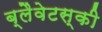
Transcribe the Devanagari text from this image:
ब्लैवेटस्की